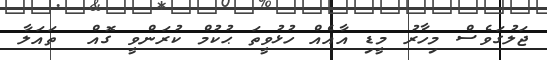
ޖަލުގަވެސް މިހާރު މީޑި އާއެއް ހުޅުވީތަ ޙުކުމް ކުރަންވީ ގޮއް  ތައަލާ